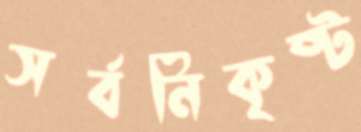
সর্বনিকৃষ্ট